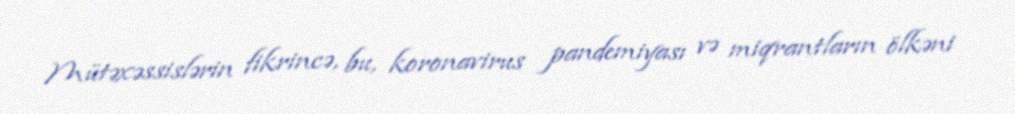
Mütəxəssislərin fikrincə, bu, koronavirus pandemiyası və miqrantların ölkəni